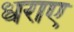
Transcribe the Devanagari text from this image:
धराए